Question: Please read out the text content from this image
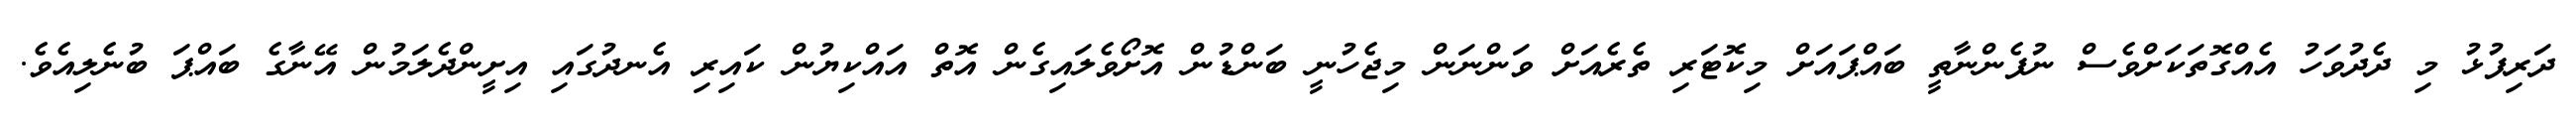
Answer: ދަރިފުޅު މި ދެދުވަހު އެއްގޮތަކަށްވެސް ނުފެންނާތީ ބައްޕައަށް މިކޮޓަރި ތެރެއަށް ވަންނަން މިޖެހުނީ ބަންޑުން އޮށޯވެލައިގެން އޮތް އައްކިޔުން ކައިރި އެނދުގައި އިށީންދެލަމުން އޭނާގެ ބައްޕަ ބުނެލިއެވެ.